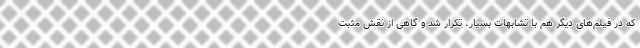
که در فیلم‌های دیگر هم با تشابهات بسیار، تکرار شد و گاهی از نقش مثبت